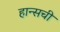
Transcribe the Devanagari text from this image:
हान्सची